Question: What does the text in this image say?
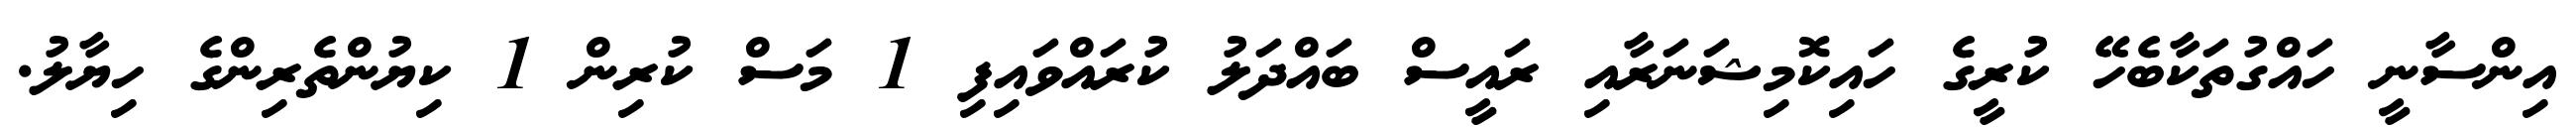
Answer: އިންސާނީ ހައްގުތަކާބެހޭ ކުރީގެ ހައިކޮމިޝަނަރާއި ރައީސް ބައްދަލު ކުރައްވައިފި 1 މަސް ކުރިން 1 ކިޔުންތެރިންގެ ހިޔާލު.